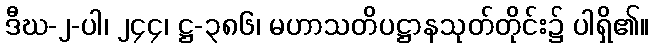
ဒီဃ-၂-ပါ၊ ၂၄၄၊ ဋ္ဌ-၃၈၆၊ မဟာသတိပဋ္ဌာနသုတ်တိုင်း၌ ပါရှိ၏။